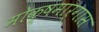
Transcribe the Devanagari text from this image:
मोक्षमार्गास